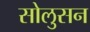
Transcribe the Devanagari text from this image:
सोलुसन